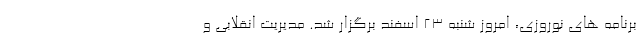
برنامه های نوروزی، امروز شنبه ۲۳ اسفند برگزار شد. مديريت انقلابي و